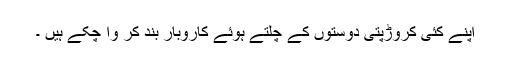
اپنے کئی کروڑپتی دوستوں کے چلتے ہوئے کاروبار بند کر وا چکے ہیں ۔